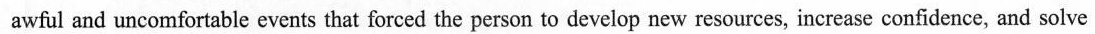
awful and uncomfortable events that forced the person to develop new resources, increase confidence, and solve